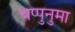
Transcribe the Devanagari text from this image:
चप्पुनुमा